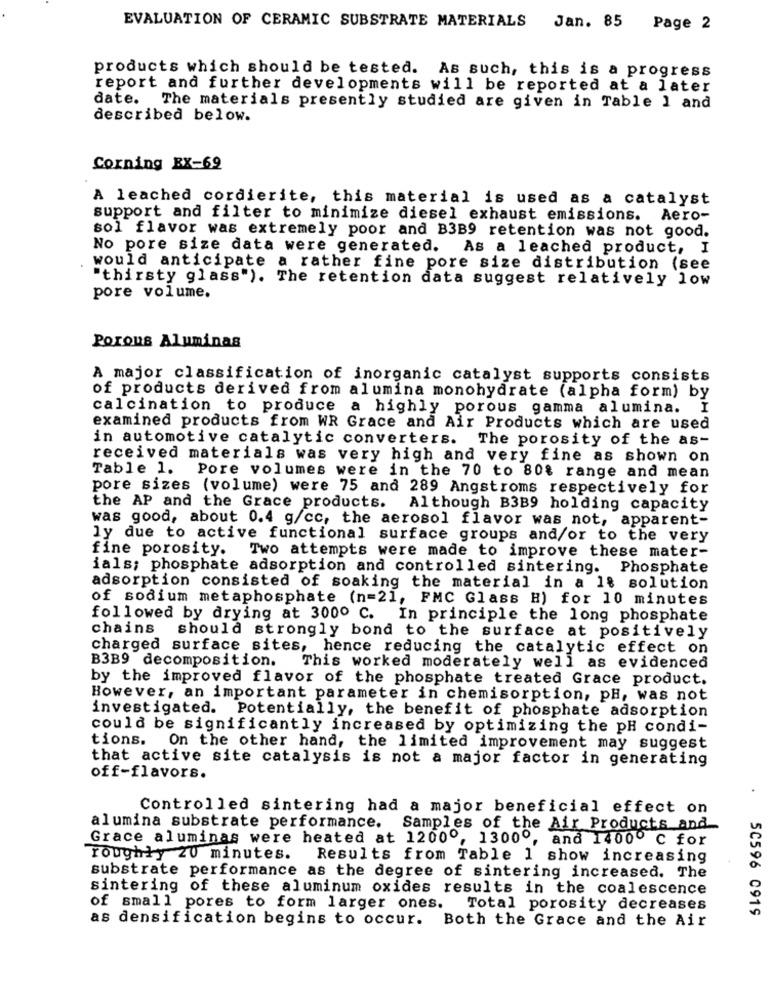
EVALUATION OF CERAMIC SUBSTRATE MATERIALS
Jan. 85 Page 2
products which should be tested. As such, this is a progress
report and further developments will be reported at a later
date. The materials presently studied are given in Table 1 and
described below.
Corning BX-69
A leached cordierite, this material is used as a catalyst
support and filter to minimize diesel exhaust emissions. Aero-
sol flavor was extremely poor and B3B9 retention was not good.
No pore size data were generated. As a leached product, I
would anticipate a rather fine pore size distribution (see
"thirsty glass"). The retention data suggest relatively low
pore volume.
Porous Aluminas
A major classification of inorganic catalyst supports consists
of products derived from alumina monohydrate (alpha form) by
calcination to produce a highly porous gamma alumina. I
examined products from WR Grace and Air Products which are used
in automotive catalytic converters. The porosity of the as-
received materials was very high and very fine as shown on
Table 1.
Pore volumes were in the 70 to 80% range and mean
pore sizes (volume) were 75 and 289 Angstroms respectively for
the AP and the Grace products. Although B3B9 holding capacity
was good, about 0.4 g/cc, the aerosol flavor was not, apparent-
ly due to active functional surface groups and/or to the very
fine porosity. Two attempts were made to improve these mater-
ials; phosphate adsorption and controlled sintering. Phosphate
adsorption consisted of soaking the material in a 1% solution
of sodium metaphosphate (n=21, FMC Glass H) for 10 minutes
followed by drying at 300º C. In principle the long phosphate
chains should strongly bond to the surface at positively
charged surface sites, hence reducing the catalytic effect on
B3B9 decomposition.
This worked moderately well as evidenced
by the improved flavor of the phosphate treated Grace product.
However, an important parameter in chemisorption, pH, was not
investigated.
Potentially, the benefit of phosphate adsorption
could be significantly increased by optimizing the pH condi-
tions. On the other hand, the limited improvement may suggest
that active site catalysis is not a major factor in generating
off-flavors.
Controlled sintering had a major beneficial effect on
alumina substrate performance. Samples of the Air Products and
Grace aluminas were heated at 12000, 13000, and 1400º C for
roughly 20 minutes.
Results from Table 1 show increasing
substrate performance as the degree of sintering increased. The
sintering of these aluminum oxides results in the coalescence
of small pores to form larger ones. Total porosity decreases
50596 0919
as densification begins to occur. Both the Grace and the Air